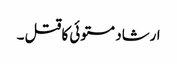
ارشاد مستوئی کا قتل ۔